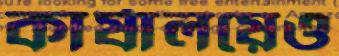
কার্যালয়েও